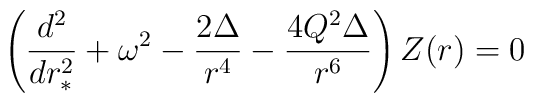
\left({d^2\over dr_*^2}+\omega^2-{2\Delta\over r^4}-{4Q^2\Delta\over r^6}\right) Z(r) = 0